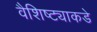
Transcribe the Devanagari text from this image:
वैशिष्ट्याकडे